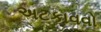
અટકાવવો